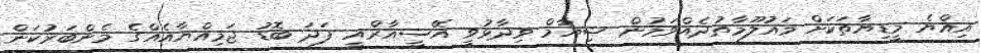
އިއްޔެ މީޑިޔާތަކަށް މައުލޫމާތުދެއްވަމުން ޝިޔާމް ވިދާޅުވީ އޭސީއާރްއީ ފަދަ ބޮޑު ޖަމިއްޔާއެއްގެ މެންބަރުކަން